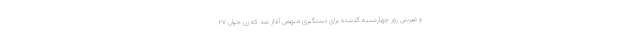
و ضربتی روز چهارشنبه گذشته برای دستگیری متهمی آغاز شد که زن جوان ۲۷